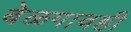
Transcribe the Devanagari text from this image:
बेळगावही